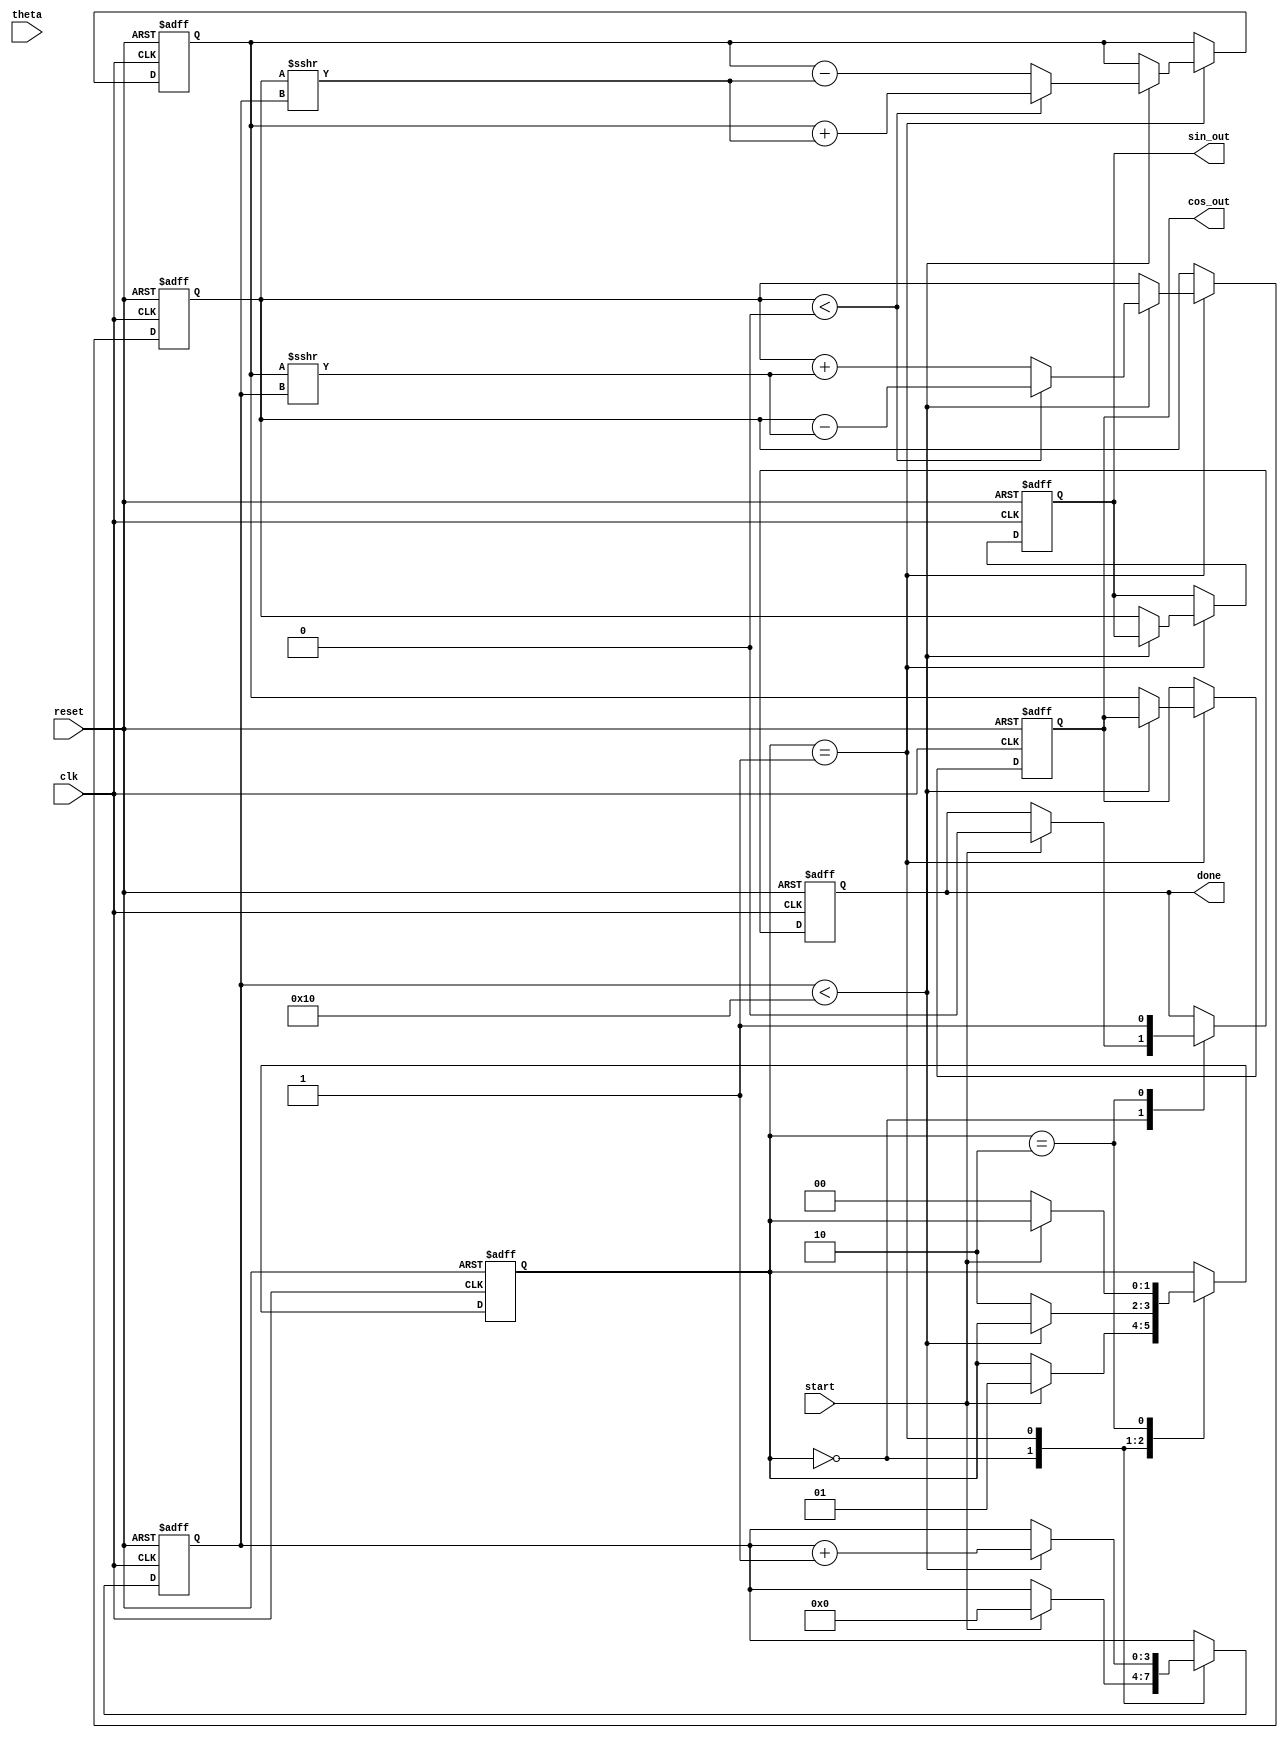
module cordic(
    input wire [15:0] theta,       // Input angle in fixed-point format
    input wire clk,                // Clock signal
    input wire reset,              // Asynchronous reset
    input wire start,              // Start signal
    output reg [15:0] sin_out,     // Sine output
    output reg [15:0] cos_out,     // Cosine output
    output reg done                // Done signal
);

    // Parameters
    parameter NUM_ITERATIONS = 16; // Number of iterations
    parameter FIXED_POINT_FRACTIONAL_BITS = 15; // Number of fractional bits

    // Internal registers
    reg [15:0] x_reg;              // X register
    reg [15:0] y_reg;              // Y register
    reg [15:0] angle_reg;          // Angle register
    reg [3:0] iteration_counter;    // Iteration counter
    reg [1:0] state;               // State machine
    reg [15:0] atan_table [0:NUM_ITERATIONS-1]; // Arctangent lookup table

    // State definitions
    localparam IDLE = 2'b00;
    localparam COMPUTE = 2'b01;
    localparam DONE = 2'b10;

    // Initialize arctangent lookup table (fixed-point representation)
    initial begin
        atan_table[0] = 16'h2000; // atan(2^0) = 0.7854 (pi/4)
        atan_table[1] = 16'h1000; // atan(2^1) = 0.4636
        atan_table[2] = 16'h0800; // atan(2^2) = 0.2449
        atan_table[3] = 16'h0400; // atan(2^3) = 0.1244
        atan_table[4] = 16'h0200; // atan(2^4) = 0.0624
        atan_table[5] = 16'h0100; // atan(2^5) = 0.0312
        atan_table[6] = 16'h0080; // atan(2^6) = 0.0156
        atan_table[7] = 16'h0040; // atan(2^7) = 0.0078
        atan_table[8] = 16'h0020; // atan(2^8) = 0.0039
        atan_table[9] = 16'h0010; // atan(2^9) = 0.0019
        atan_table[10] = 16'h0008; // atan(2^10) = 0.0009
        atan_table[11] = 16'h0004; // atan(2^11) = 0.0005
        atan_table[12] = 16'h0002; // atan(2^12) = 0.0002
        atan_table[13] = 16'h0001; // atan(2^13) = 0.0001
        atan_table[14] = 16'h0000; // atan(2^14) = 0.0000
        atan_table[15] = 16'h0000; // atan(2^15) = 0.0000
    end

    // State machine for CORDIC operation
    always @(posedge clk or posedge reset) begin
        if (reset) begin
            x_reg <= 16'h4000; // Initial X = 1.0 (fixed-point)
            y_reg <= 16'h0000; // Initial Y = 0.0
            angle_reg <= 16'h0000; // Initial angle
            iteration_counter <= 0;
            state <= IDLE;
            done <= 0;
            sin_out <= 0;
            cos_out <= 0;
        end else begin
            case (state)
                IDLE: begin
                    if (start) begin
                        angle_reg <= theta; // Load input angle
                        iteration_counter <= 0;
                        state <= COMPUTE;
                        done <= 0;
                    end
                end

                COMPUTE: begin
                    if (iteration_counter < NUM_ITERATIONS) begin
                        if (y_reg < 0) begin
                            // Perform rotation in the negative direction
                            x_reg <= x_reg + (y_reg >>> iteration_counter);
                            y_reg <= y_reg - (x_reg >>> iteration_counter);
                            angle_reg <= angle_reg + atan_table[iteration_counter];
                        end else begin
                            // Perform rotation in the positive direction
                            x_reg <= x_reg - (y_reg >>> iteration_counter);
                            y_reg <= y_reg + (x_reg >>> iteration_counter);
                            angle_reg <= angle_reg - atan_table[iteration_counter];
                        end
                        iteration_counter <= iteration_counter + 1;
                    end else begin
                        // Finished iterations
                        cos_out <= x_reg; // Final X is cosine
                        sin_out <= y_reg; // Final Y is sine
                        state <= DONE;
                    end
                end

                DONE: begin
                    done <= 1; // Indicate computation is done
                    if (!start) begin
                        state <= IDLE; // Return to idle state
                    end
                end
            endcase
        end
    end
endmodule